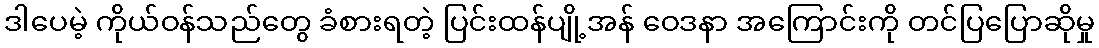
ဒါပေမဲ့ ကိုယ်ဝန်သည်တွေ ခံစားရတဲ့ ပြင်းထန်ပျို့အန် ဝေဒနာ အကြောင်းကို တင်ပြပြောဆိုမှု